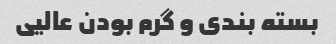
بسته بندی و گرم بودن عالیی